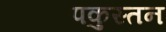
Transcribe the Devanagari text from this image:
पकुस्तन